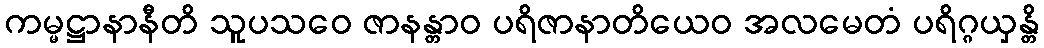
ကမ္မဋ္ဌာနာနီတိ သူပသဝေ ဇာနန္တာဝ ပရိဇာနာတိယေဝ အလမေတံ ပရိဂ္ဂယှန္တိ